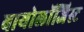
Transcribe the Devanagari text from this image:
बायोलॉजिस्ट